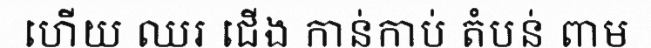
ហើយ ឈរ ជើង កាន់កាប់ តំបន់ ពាម